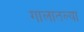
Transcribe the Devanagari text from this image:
गालातल्या